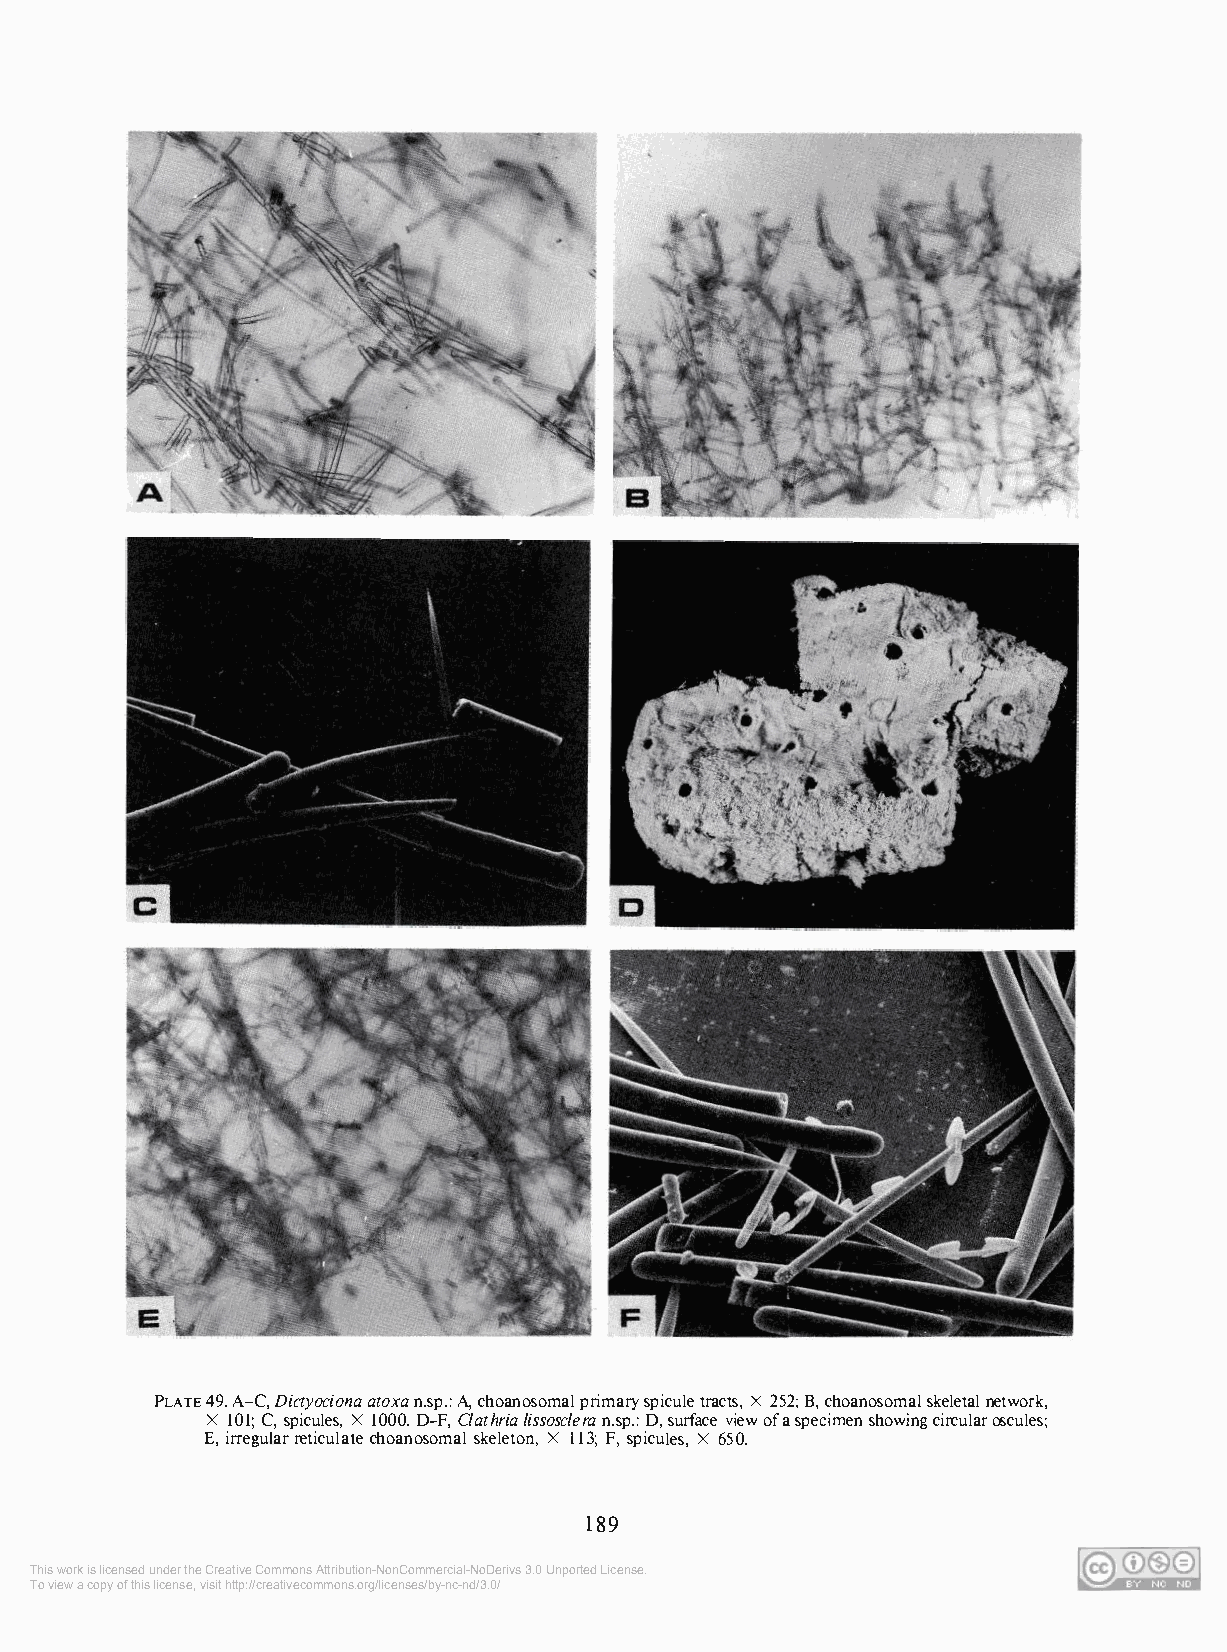
PLATE 49. A-C, Dictyociona atoxa n.sp.: A, choanosomal primary spicule tracts, X 252; B, choanosomal skeletal network,
 X 101; C, spicules, X 1000. D-F, Clathria lissosclera n.sp.: D, surface view of a specimen showing circular oscules;
 E, irregular reticulate choanosomal skeleton, X 113; F, spicules, X 650.
 189
 This work is licensed under the Creative Commons Attribution-NonCommercial-NoDerivs 3.0 Unported License.
 To view a copy of this license, visit http://creativecommons.org/licenses/by-nc-nd/3.0/